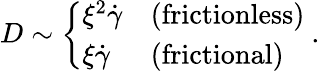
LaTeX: D\sim\left\{ \begin{array}{ll}{\xi^{2}\dot{\gamma}}&{(\mathrm{{frictionless}})}\\ {\xi\dot{\gamma}}&{(\mathrm{{frictional}})}\end{array}\right.~.